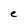
Character: e